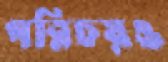
পরিচয়ও